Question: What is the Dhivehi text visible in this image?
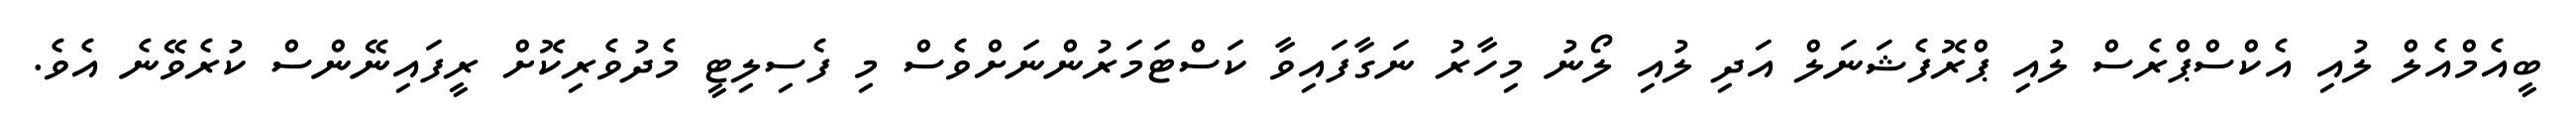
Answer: ބީއެމްއެލް ލުއި އެކްސްޕްރެސް ލުއި ޕްރޮފެޝަނަލް އަދި ލުއި ލޯނު މިހާރު ނަގާފައިވާ ކަސްޓަމަރުންނަށްވެސް މި ފެސިލިޓީ މެދުވެރިކޮށް ރީފައިނޭންސް ކުރެވޭނެ އެވެ.